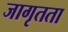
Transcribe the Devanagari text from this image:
जागृतता